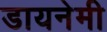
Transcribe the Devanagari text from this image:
डायनेमी